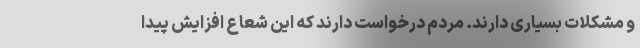
و مشکلات بسیاری دارند. مردم درخواست دارند که این شعاع افزایش پیدا